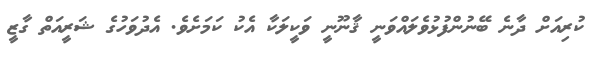
ކުރިއަށް ދާނެ ބޭނުންފުޅުވެލައްވަނީ ޤާނޫނީ ވަކީލަކާ އެކު ކަމަށެވެ. އެދުވަހުގެ ޝަރީއަތް ގާޒީ